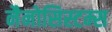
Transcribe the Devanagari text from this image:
नैनोसिस्टम्स